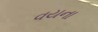
વયના